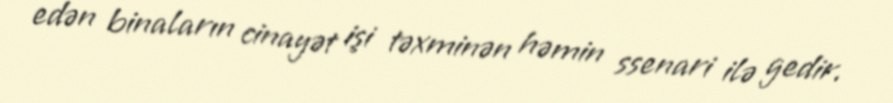
edən binaların cinayət işi təxminən həmin ssenari ilə gedir.